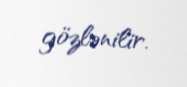
gözlənilir.